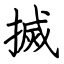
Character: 搣